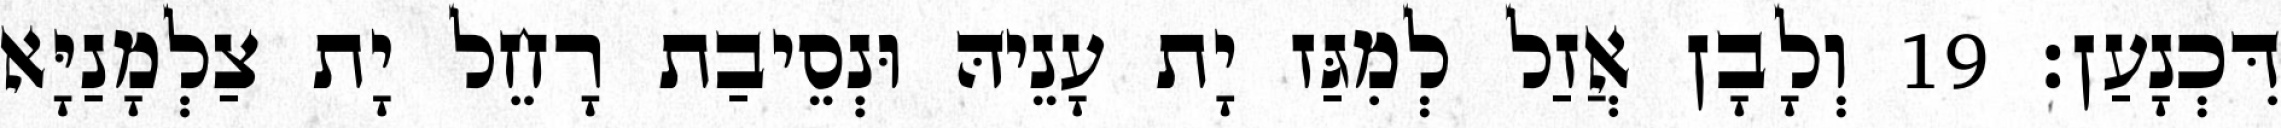
דִּכְנָעַן׃ 19 וְלָבָן אֲזַל לְמִגַּז יָת עָנֵיהּ וּנְסֵיבַת רָחֵל יָת צַלְמָנַיָּא